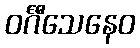
ဝင်္ဂီသေနေဝ